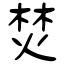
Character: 焚